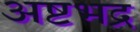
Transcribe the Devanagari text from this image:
अष्टभद्र